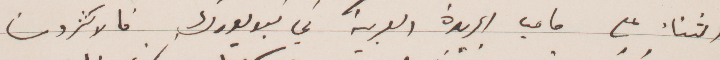
الثناء على ما في الجريدة العربية في نيويورك الاكثرون